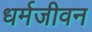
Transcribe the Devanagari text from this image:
धर्मजीवन